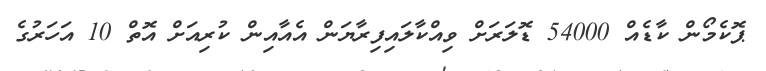
ޕޮކެމޯން ކާޑެއް 54000 ޑޮލަރަށް ވިއްކާލައިފިރާޔަން އެއާއިން ކުރިއަށް އޮތް 10 އަހަރުގެ